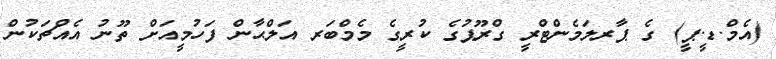
(އެމް.ޑީ.ޕީ) ގެ ޕާރލަމެންޓްރީ ގްރޫޕުގެ ކުރީގެ މެމްބަރ އަލްޙާން ފަހުމީއަށް ތޫނު އެއްޗަކުން